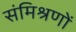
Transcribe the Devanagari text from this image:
संमिश्रणों